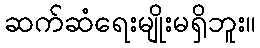
ဆက်ဆံရေးမျိုးမရှိဘူး။